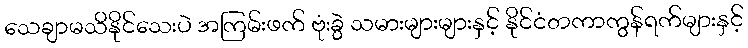
သေချာမသိနိုင်သေးပဲ အကြမ်းဖက် ဗုံးခွဲ သမားများများနှင့် နိုင်ငံတကာကွန်ရက်များနှင့်